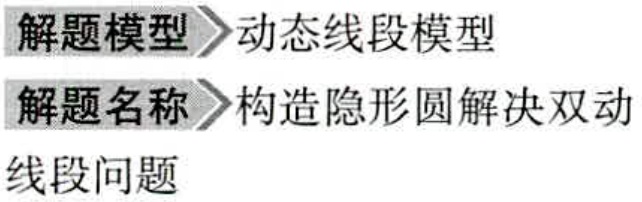
解题模型$\rhd$动态线段模型
解题名称$\rhd$构造隐形圆解决双动
线段问题